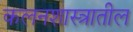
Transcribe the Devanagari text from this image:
कलनशास्त्रातील